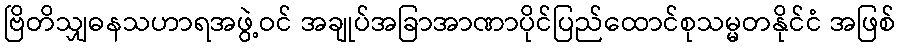
ဗြိတိသျှဓနသဟာရအဖွဲ့ဝင် အချုပ်အခြာအာဏာပိုင်ပြည်ထောင်စုသမ္မတနိုင်ငံ အဖြစ်